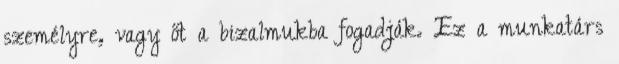
személyre, vagy őt a bizalmukba fogadják. Ez a munkatárs